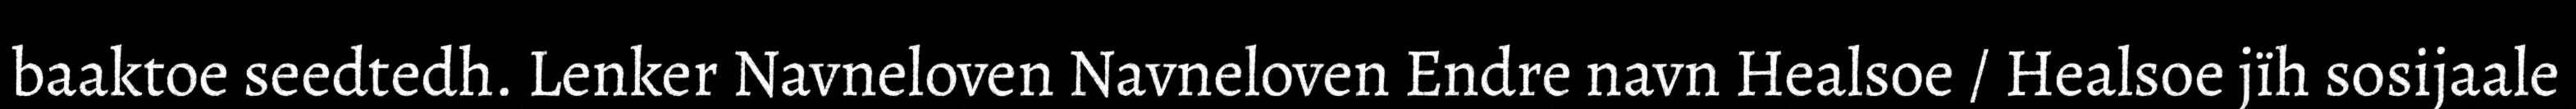
baaktoe seedtedh. Lenker Navneloven Navneloven Endre navn Healsoe / Healsoe jïh sosijaale